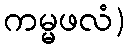
ကမ္မဖလံ)